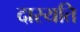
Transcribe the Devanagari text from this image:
दास्यति